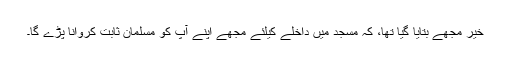
خیر مجھے بتایا گیا تھا، کہ مسجد میں داخلے کیلئے مجھے اپنے آپ کو مسلمان ثابت کروانا پڑے گا۔